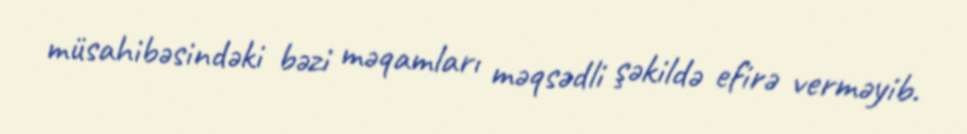
müsahibəsindəki bəzi məqamları məqsədli şəkildə efirə verməyib.